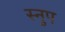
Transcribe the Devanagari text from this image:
स्नुप